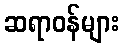
ဆရာဝန်များ